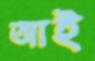
আই